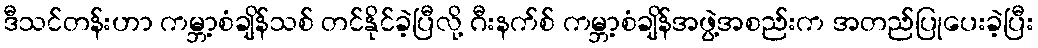
ဒီသင်တန်းဟာ ကမ္ဘာ့စံချိန်သစ် တင်နိုင်ခဲ့ပြီလို့ ဂီးနက်စ် ကမ္ဘာ့စံချိန်အဖွဲ့အစည်းက အတည်ပြုပေးခဲ့ပြီး